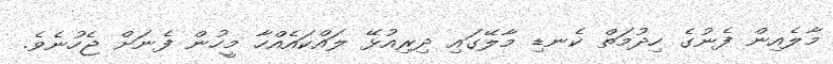
މާލެއިން ފެނުގެ ހިދުމަތް ކެނޑި މާލޭގައި ދިރިއުޅޭ ލައްކައެއްހާ މީހުން ފެނަށް ޖެހުނެވެ.